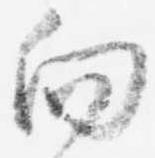
向